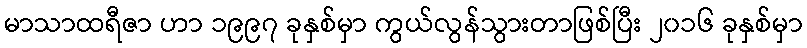
မာသာထရီဇာ ဟာ ၁၉၉၇ ခုနှစ်မှာ ကွယ်လွန်သွားတာဖြစ်ပြီး ၂၀၁၆ ခုနှစ်မှာ